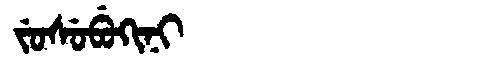
Manchu: ᠵᡠᠰᡠᠪᡠᡴᡳᠨᡳ
Romanization: JUSUBUKINI